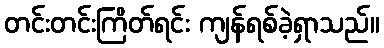
တင်းတင်းကြိတ်ရင်း ကျန်ရစ်ခဲ့ရှာသည်။